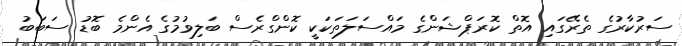
ސަރުކާރުގެ ތެރޭގައި އޮތް ކޮރަޕްޝަންގެ މައްސަލަތަކަކީ ކޮންގްރެސް ބަލިވުމުގެ އެންމެ ބޮޑު ސަބަބު